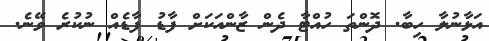
އަޅާނުލާ ހިބާ. ދޮންތަ ހުއްޓާ ދެން ޒާންއަކަށް ފާޑު ފާޑެއް ނުކުރެ ވޭނެ.